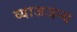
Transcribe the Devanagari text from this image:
व्याजजन्य